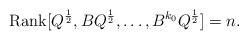
LaTeX: \begin{align*}\textrm{Rank}[Q^{\frac{1}{2}},BQ^{\frac{1}{2}},\dots, B^{k_0}Q^{\frac{1}{2}}]=n.\end{align*}